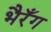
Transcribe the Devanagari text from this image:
भैरँग